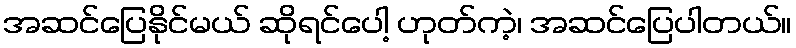
အဆင်ပြေနိုင်မယ် ဆိုရင်ပေါ့ ဟုတ်ကဲ့၊ အဆင်ပြေပါတယ်။